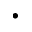
\cdot